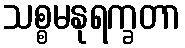
သစ္စမနုရက္ခတာ